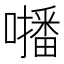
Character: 𡃓